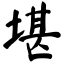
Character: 堪